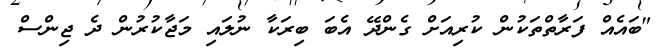
"ބައެއް ފަރާތްތަކުން ކުރިއަށް ގެންދޭ އެބަ ބިރަކާ ނުލައި މަޖާކުރުން ދެ ޖިންސް